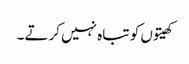
کھیتوں کو تباہ نہیں کرتے۔